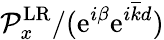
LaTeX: {\mathcal P}_{x}^{\mathrm{LR}}/(\mathrm{e}^{i\beta}\mathrm{e}^{i\overline{{k}}d})